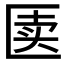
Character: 𰅥